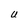
Character: U